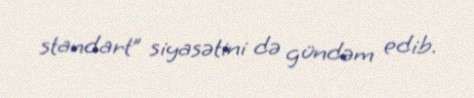
standart” siyasətini də gündəm edib.